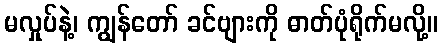
မလှုပ်နဲ့၊ ကျွန်တော် ခင်ဗျားကို ဓာတ်ပုံရိုက်မလို့။